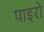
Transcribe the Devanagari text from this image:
पाइरो